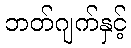
ဘတ်ဂျက်နှင့်